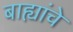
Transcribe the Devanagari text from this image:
बाह्यांचे